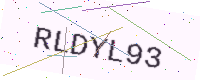
Text: RLDYL93